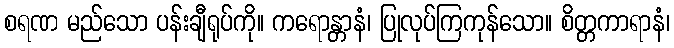
စရဏ မည်သော ပန်းချီရုပ်ကို။ ကရောန္တာနံ၊ ပြုလုပ်ကြကုန်သော။ စိတ္တကာရာနံ၊